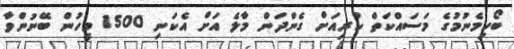
ބޯހިމެނުމުގެ މަސައްކަތް ކުރިއަށް ގެންދަން މާލެ އަށް އެކަނި 1500 މީހުން ބޭނުންވާ